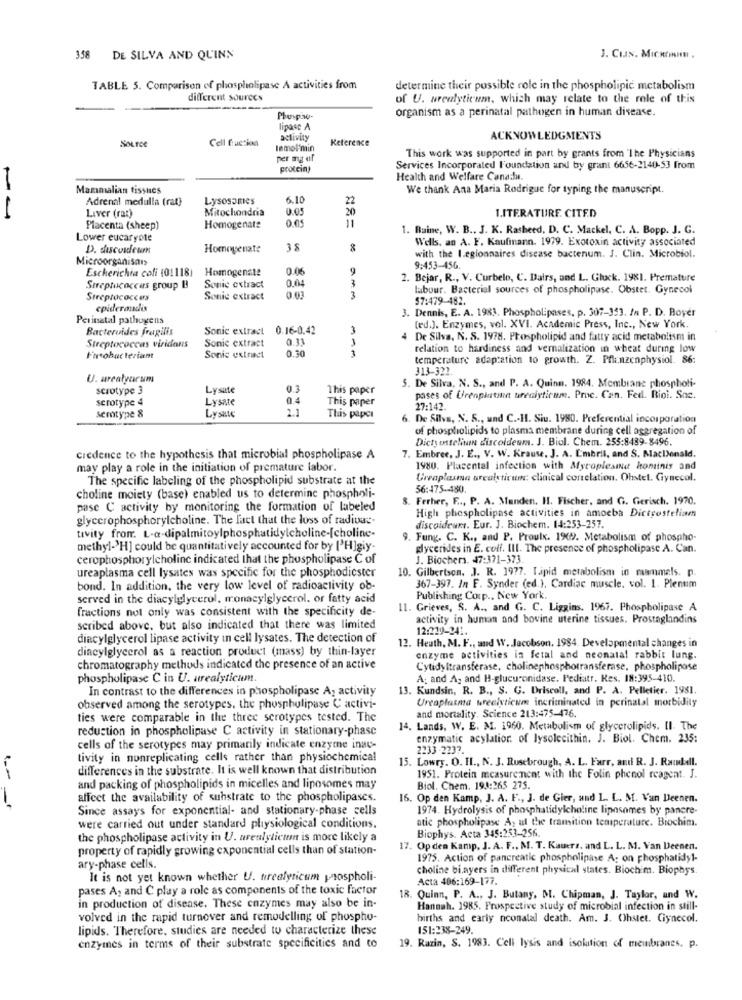
358 DE SILVA AND QUINN
J. Cus. MICROH .
TABLE 5. Comparison of phospholipase A activities from
determine their possible role in the phospholipid metabolism
different sources
of U. Nreulyticum, which may relate to the role of this
organism as a perinatal pathogen in human disease.
Phospho-
lipase A
Cell Euction
activity
Reference
ACKNOWLEDGMENTS
SOLTOR
lemoi'min
per mg of
This work was supported in part by grants from The Physicians
protein)
Services Incorporated l'oundation and by grant 6656-2140-53 From
Health and Welfare Canada.
Mammalian tissues
We thank Ana Maria Rodrigue for typing the manuscript.
Adrenal medulla (rat}
Lysosomes
6.10
22
Liver (ra:)
Mitochondria
0.05
20
1.ITERATURE. CITED
--
0.05
11
Placenta (sheep)
Homogenate
1. Ruine, W. B ., J. K. Rasheed, D. C. Mackel, C. A. Bopp. J. G.
Lower eucaryote
Wells, an A. F. Kaufmann. 1979. Exotoxin activity associated
D. discosdeun
Homogenate
38
Microorganisa
with the I.eglonnaires disease bactenum. J. Clin. Microbiol.
Escherichia coli (01118)
Homogenste
0.06
9
9:453-456.
0.04
3
2. Bejar, R ., V. Curbelo, C. Dairs, and L. Gluck. 1981. Premature
Streptococcus group B
Sonic extract
labour. Bacterial sources of phospholipase. Obstet. Gynecol
Streptococces
Sonic extract
3
57:479-482.
cpiderandis
3. Dennis, E. A. 1983. Phospholipases, p. 307-353. In P. D. Boyer
Perinatal pathogens
Bacteroides fragilis
Sonic extract
0.16-0.42
3
(ed.). Enzymes, vol. XVI. Academic Press, Inc ., New York.
0.33
4 De Silva, N. S. 1978. Phospholipid and fatty acid metabolism in
Streptococcas viridans
Sonic extract
DE O
1
relation to hardiness and veralization in wheat during low
Ficobac teriant
Sonic extract
temperature adaptation to growth. Z. Pflanzenphysiol. 86:
313-322.
5. De Silva, N. S ., and P. A. Quinn. 1984. Membrane phospholi-
serotype 3
Lysate
This paper
serotype 4
Lysate
0.4
This paper
pases of Urenplatine ureciyticum. Proc. Can. Fed. Bioi. Soc.
semtype 8
27:142.
Lysate
This paper
6. De Silva, N. 5 ., und C .- H1. Siu. 1980. Preferential incorporation
of phospholipids to plasma membrane during cell aggregation of
Dictyosteliun discoldeum. J. Biol. Chem. 255:8439- 8496
Credence to the hypothesis that microbial phospholipase A
7. Embree, J. E ., V. W. Krause, J. A. Embril, and S. MacDonald.
may play a role in the initiation of premature labor.
1980. Placental infection with Mytoplesmd hominis and
The specific labeling of the phospholipid substrate at the
Ureaplasma arealstirum: clinical correlation. Ohstel. Gynecol.
56:475 -- 480.
choline moiety (base) enabled us to determine phospholi-
8. Ferher, F .., P. A. Manden. HI. Fischer, and G. Gerisch. 1970.
pase C activity by monitoring the formation of labeled
glycerophosphorylcholine. The fact that the loss of radivac-
High phospholipase activities in amoeba Dictsosteliam
discoideure. Eur. J. Biochem. 14:253-257.
tivity from. L-a-dipalmitoylphosphatidylcholine-[choline-
9. Fung. C. K ., and P. Proulx. 19(). Metabolism of phospho-
methyl->H] could be quantitatively accounted for by ['H]giy-
glycerides in E. coli. III. The presence of phospholipase A. Can.
cerophosphorylcholine indicated that the phospholipase C of
J. Biochers. 47:371-373.
ureaplasma cell lysates was specific for the phosphodiester
10. Gilbertson. J. R. 1977. Lipid metabolism in mammals. p.
bond. In addition, the very low level of radioactivity ob-
367-397. In F. Synder (ed.), Cardiac muscle. vol. 1. Plenum
served in the diacylglycerol, monacylglycerol. or fatty acid
Publishing Corp ., New York.
fractions not only was consistent with the specificity de-
11. Grieves, S. A ., and G. C. Liggins. 1967. Phospholipase A
activity in human and bovine uterine tissues. Prostaglandins
scribed above. but also indicated that there was limited
12:229-241.
diacylglycerol lipase activity in cell lysates. The detection of
diacylglycerol as a reaction product (mass) by thin-layer
12. Heath, M. F ., and W. Jacobson. 1984. Developmental changes in
enzyme activities is fetal and neonatal rabbit lung.
chromatography methods indicated the presence of an active
Cytidyltransferase, cholinephosphotransferase, phospholipose
phospholipase C in U. urealyticum.
A: and A, and H-glucuronidase. Pediatr. Res. 18:395-410.
In contrast to the differences in phospholipase A, activity
13. Kundsin, R. B ., S. G. Driscoll, and P. A. Pelletier. 1981.
Ureaplasma breelyticum incriminated in perinatal morbidity
observed among the serotypes. the phospholipase C activi-
and mortality. Science 213:475-476.
ties were comparable in the three scrotypes tested. The
reduction in phospholipase C activity in stationary-phase
14. Lands, W. E. M. 1960. Metabolism of glycerolipids. Il. The
enzymatic acylatior. of lysolecithin. J. Biol. Chem. 235:
cells of the serotypes may primarily indicate enzyme inav-
2233 2237.
tivity in nonreplicating cells rather than physiochemical
15. Lowry. O. IL ., N. J. Rusebrough, A. L. Farr, and R. J. Randall.
differences in the substrate. It is well known that distribution
1951. Protein measure nent with the Folin phenol reagent. J.
and packing of phospholipids in micelles and liposomes may
Biol. Chem. 194:265 275.
affect the availability of substrate to the phospholipases.
16. Op den Kamp, J. A. F ., J. de Gier, and L. L. M. Van Deenen.
Since assays for exponential- and stationary-phase cells
1974. Hydrolysis of phosphatidylcholine liposomes by pancre-
atic phospholipase A, at the tramition temperature. Biochim.
were carried out under standard physiological conditions.
Biophys. Acta 345:253-256
the phospholipase activity in U. areulyticum is more likely a
property of rapidly growing exponential cells than of station-
17. Op den Kamp. J. A. F ., M. T. Kauers. and L. L. M. Van Deenen.
1975. Action of pancreatic phospholipase A: on phosphatidyl-
ary-phase cells.
choline bi.ayers in different physical states. Biochim. Biophys.
It is not yet known whether U. tirealyricum phospholi-
Acta 406:169-177.
pases A, and C play a role as components of the toxic factor
18. Quinn, P. A ., J. Butany, M. Chipman, J. Taylor, and W.
in production of disease. These enzymes may also be in-
Hannah. 1985. Prospective study of microbial infection in still-
volved in the rapid turnover and remodelling of phospho-
births and carly neonatal death. Am. J. Ohstet. Gynecol.
lipids. Therefore, studies are needed to characterize these
151:238-249.
enzymes in terms of their substrate specificities and to
19. Razin, S. 1983. Cell lysis and isolution of membranes. p.